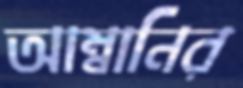
আম্বানির